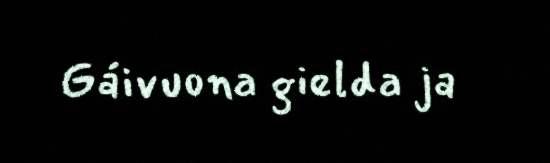
Gáivuona gielda ja